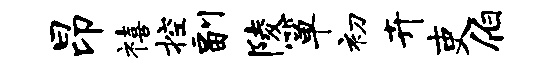
昂禧控副陵箪初卉吏伯